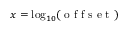
x = \log _ { 1 0 } ( \mathrm { ~ o ~ f ~ f ~ s ~ e ~ t ~ } )